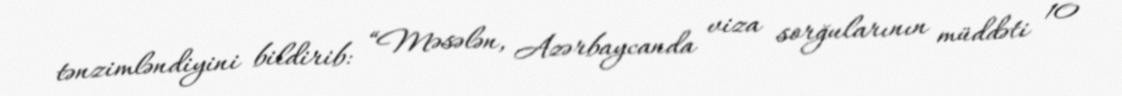
tənzimləndiyini bildirib: “Məsələn, Azərbaycanda viza sorğularının müddəti 10